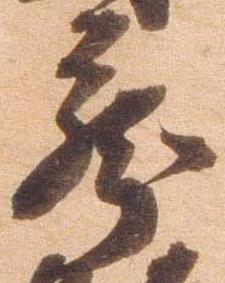
蔵